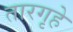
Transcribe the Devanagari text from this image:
तारगृहे